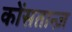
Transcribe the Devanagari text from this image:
कोंसतान्ज़